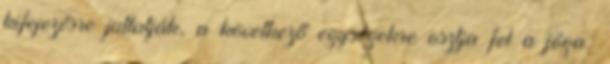
kifejezésre juttatják, a következő egységekre osztja fel a jóga: